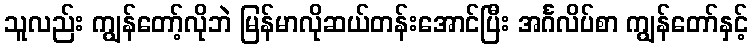
သူလည်း ကျွန်တော့်လိုဘဲ မြန်မာလိုဆယ်တန်းအောင်ပြီး အင်္ဂလိပ်စာ ကျွန်တော်နှင့်